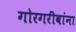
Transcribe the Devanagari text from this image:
गोरगरीबांना